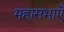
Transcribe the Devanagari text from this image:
महासभाएँ